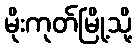
မိုးကုတ်မြို့သို့